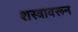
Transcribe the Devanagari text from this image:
शस्त्रावरून